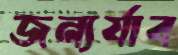
জন্যর্যাব